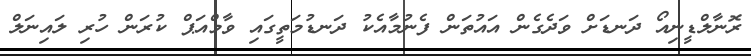
ރޮނާލްޑީނިއޯ ދަނޑަށް ވަދެގެން އައުތަން ފެނުމާއެކު ދަނޑުމަތީގައި ވާމްއަޕް ކުރަން ހުރި ލައިނަލް